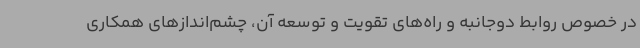
در خصوص روابط دوجانبه و راه‌های تقویت و توسعه آن، چشم‌اندازهای همکاری